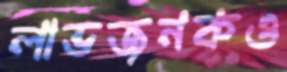
লাভজনকও